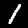
Label: 1